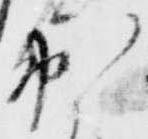
出